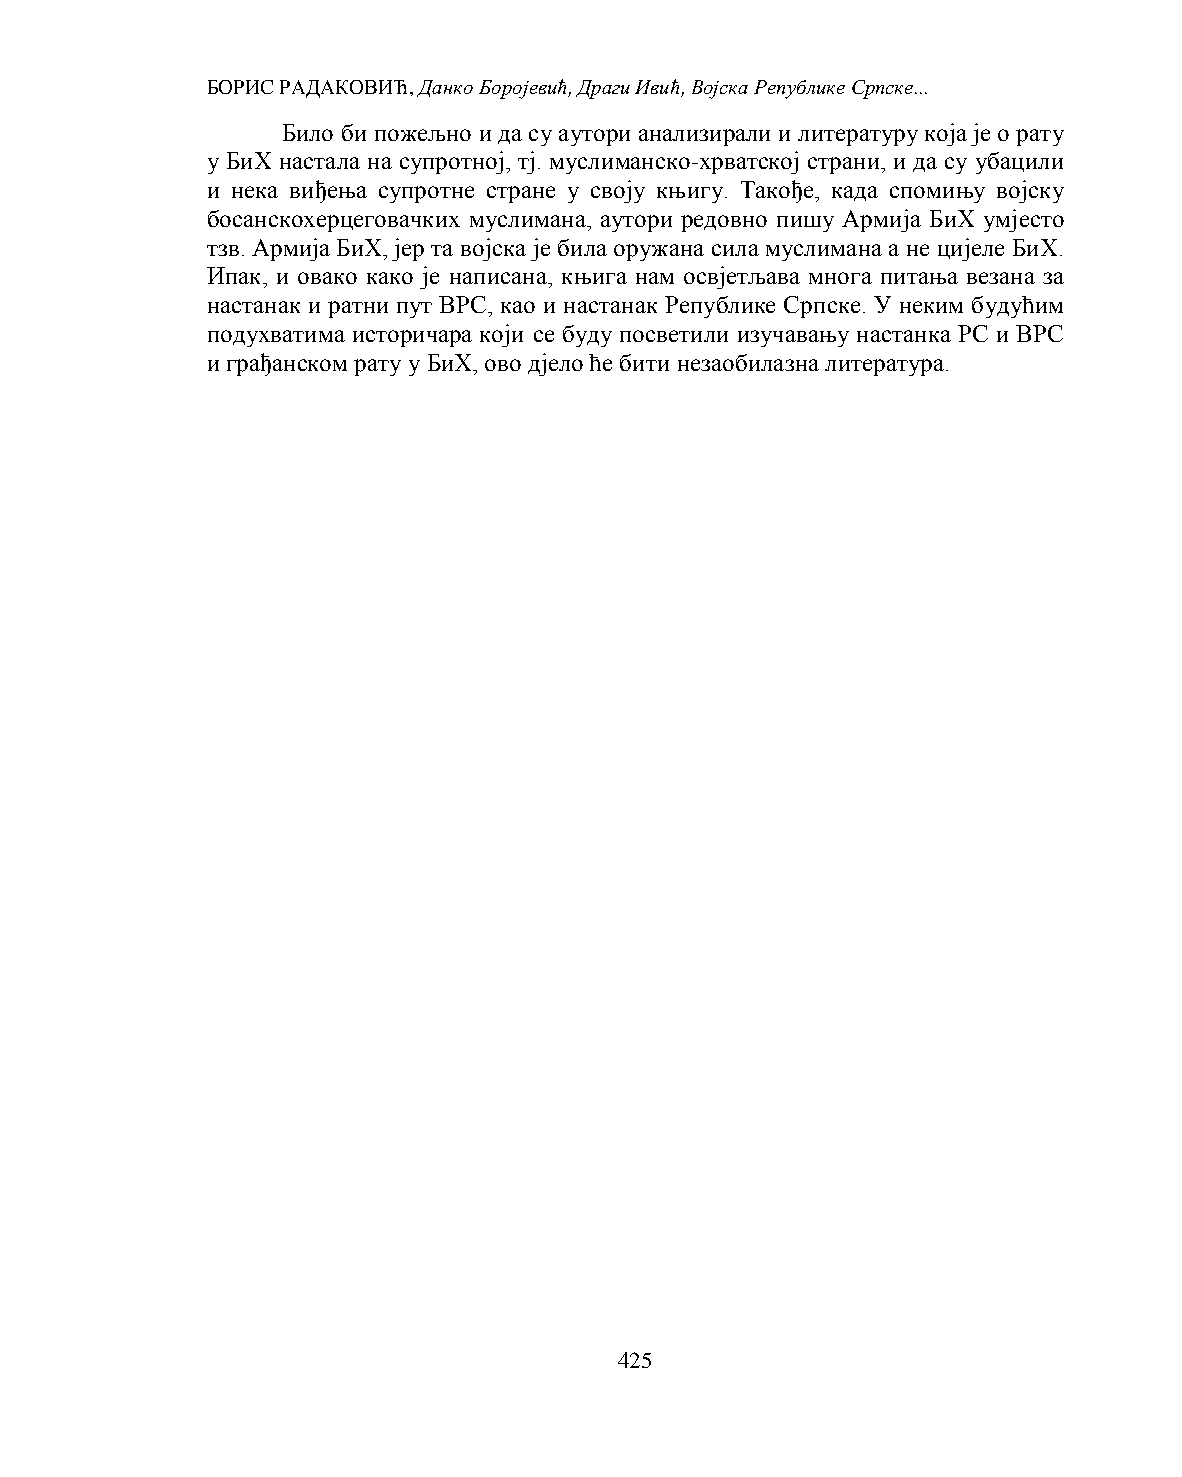
БОРИС РАДАКОВИЋ, Данко Боројевић, Драги Ивић, Војска Републике Српске...
 Било би пожељно и да су аутори анализирали и литературу која је о рату
 у БиХ настала на супротној, тј. муслиманско-хрватској страни, и да су убацили
 и нека виђења супротне стране у своју књигу. Такође, када спомињу војску
 босанскохерцеговачких муслимана, аутори редовно пишу Армија БиХ умјесто
 тзв. Армија БиХ, јер та војска је била оружана сила муслимана а не цијеле БиХ.
 Ипак, и овако како је написана, књига нам освјетљава многа питања везана за
 настанак и ратни пут ВРС, као и настанак Републике Српске. У неким будућим
 подухватима историчара који се буду посветили изучавању настанка РС и ВРС
 и грађанском рату у БиХ, ово дјело ће бити незаобилазна литература.
 425